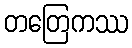
တတြေကဿ